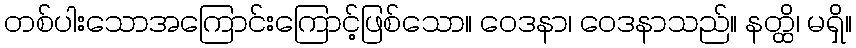
တစ်ပါးသောအကြောင်းကြောင့်ဖြစ်သော။ ဝေဒနာ၊ ဝေဒနာသည်။ နတ္ထိ၊ မရှိ။